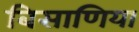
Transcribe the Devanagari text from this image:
बिसाणिया